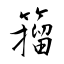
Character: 籀